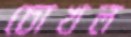
চোখল